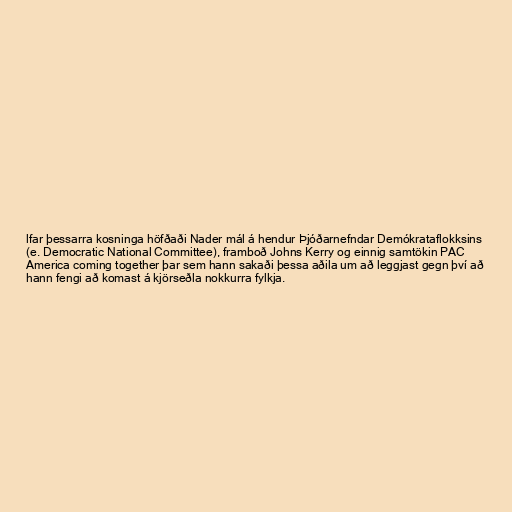
lfar þessarra kosninga höfðaði Nader mál á hendur Þjóðarnefndar Demókrataflokksins
(e. Democratic National Committee), framboð Johns Kerry og einnig samtökin PAC
America coming together þar sem hann sakaði þessa aðila um að leggjast gegn því að
hann fengi að komast á kjörseðla nokkurra fylkja.